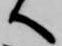
へ